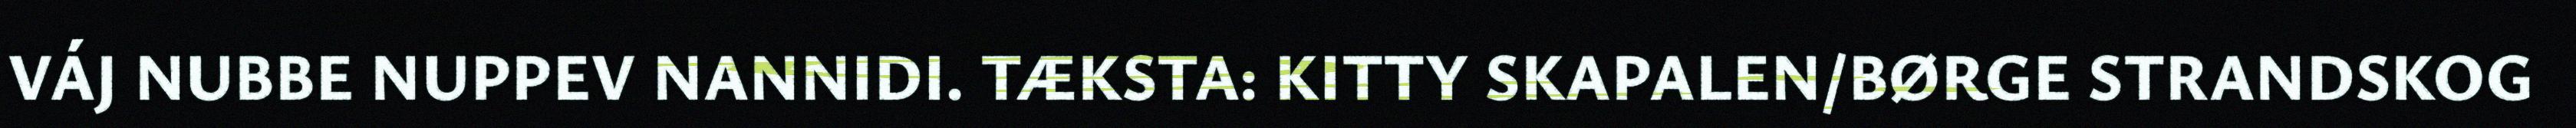
VÁJ NUBBE NUPPEV NANNIDI. TÆKSTA: KITTY SKAPALEN/BØRGE STRANDSKOG